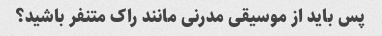
پس باید از موسیقی مدرنی مانند راک متنفر باشید؟